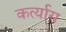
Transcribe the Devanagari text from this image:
कर्त्यास